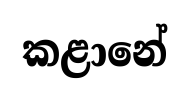
කළානේ